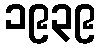
၁၉၃၉